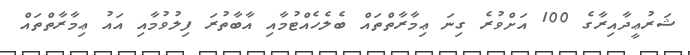
ޝަރުޢީދާއިރާގެ 100 އަށްވުރެ ގިނަ ޢިމާރާތްތައް ބެލެހެއްޓުމާއި އާބާތުރަ ފިލުވުމާއި އައު ޢިމާރާތްތައް